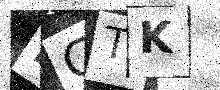
Text: FGTK